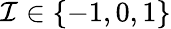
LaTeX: \mathcal{I}\in\lbrace-1,0,1\rbrace